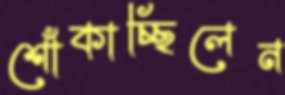
শোঁকাচ্ছিলেন